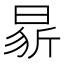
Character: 𭦢